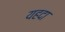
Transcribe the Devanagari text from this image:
यहदा